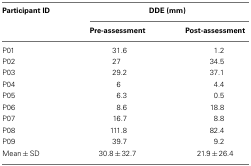
<table><thead><tr><td><b>Participant ID</b></td><td colspan="2"><b>DDE (mm)</b></td></tr><tr><td></td><td><b>Pre-assessment</b></td><td><b>Post-assessment</b></td></tr></thead><tbody><tr><td>P01</td><td>31.6</td><td>1.2</td></tr><tr><td>P02</td><td>27</td><td>34.5</td></tr><tr><td>P03</td><td>29.2</td><td>37.1</td></tr><tr><td>P04</td><td>6</td><td>4.4</td></tr><tr><td>P05</td><td>6.3</td><td>0.5</td></tr><tr><td>P06</td><td>8.6</td><td>18.8</td></tr><tr><td>P07</td><td>16.7</td><td>8.8</td></tr><tr><td>P08</td><td>111.8</td><td>82.4</td></tr><tr><td>P09</td><td>39.7</td><td>9.2</td></tr><tr><td>Mean ± SD</td><td>30.8 ± 32.7</td><td>21.9 ± 26.4</td></tr></tbody></table>